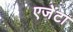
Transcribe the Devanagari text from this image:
एजेंटा